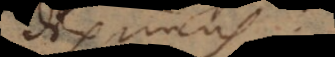
iximus.